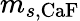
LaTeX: m_{s,\textrm{CaF}}